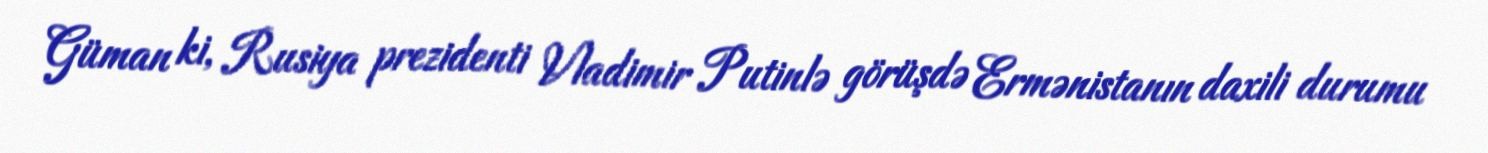
Güman ki, Rusiya prezidenti Vladimir Putinlə görüşdə Ermənistanın daxili durumu